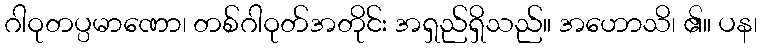
ဂါဝုတပ္ပမာဏော၊ တစ်ဂါဝုတ်အတိုင်း အရှည်ရှိသည်။ အဟောသိ၊ ၏။ ပန၊